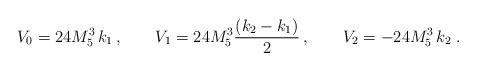
LaTeX: \begin{align*}V_0=24 M_5^3 \, k_1 \, , \qquad V_1=24 M_5^3 \frac{(k_2-k_1)}{ 2} \, , \qquad V_2=-24 M_5^3 \, k_2 \; .\end{align*}